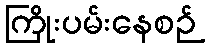
ကြိုးပမ်းနေစဉ်